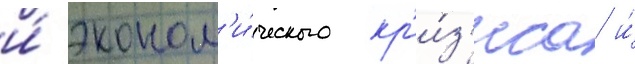
и́ эконом'и́ческого кр'и́з'иса и́